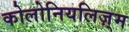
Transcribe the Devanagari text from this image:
कोलोनियलिज़्म